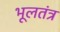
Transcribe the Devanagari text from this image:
भूलतंत्र